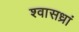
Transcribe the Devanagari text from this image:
श्वासध्रां